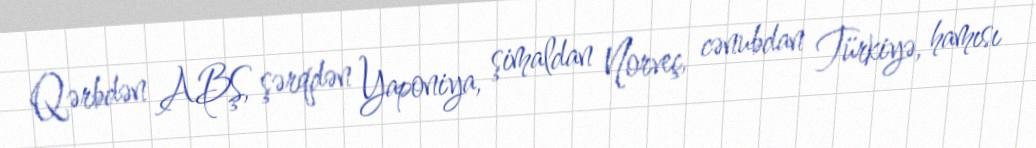
Qərbdən ABŞ, şərqdən Yaponiya, şimaldan Norveç, cənubdan Türkiyə, hamısı